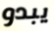
يبدو